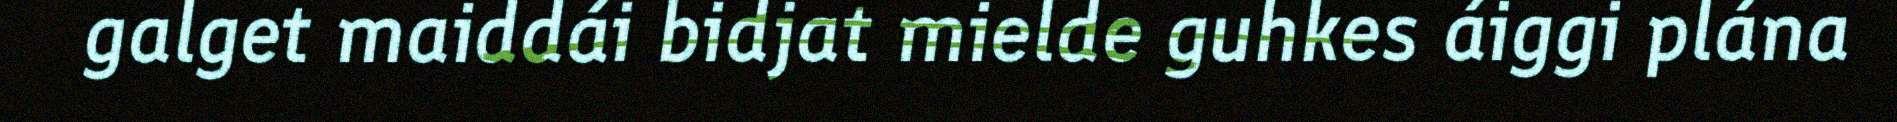
galget maiddái bidjat mielde guhkes áiggi plána